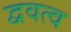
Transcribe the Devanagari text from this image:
द्ववत्व